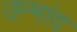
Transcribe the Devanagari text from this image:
उन्मांद